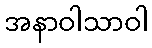
အနာဝါသာဝါ